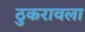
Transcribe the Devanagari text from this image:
ठुकरावला